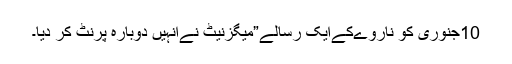
10جنوری کو ناروےکےایک رسالے”میگزنیٹ نےانہیں دوبارہ پرنٹ کر دیا۔